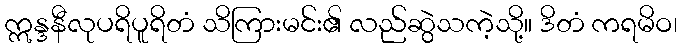
ဣန္ဒနီလုပရိပူရိတံ သိကြားမင်း၏ လည်ဆွဲသကဲ့သို့။ ဒိတံ ကရမိဝ၊